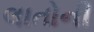
લાતોની